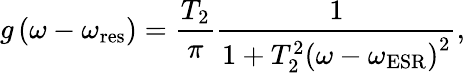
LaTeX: g\left(\omega-\omega_{\mathrm{res}}\right)=\frac{T_{2}}{\pi}\frac{1}{1+T_{2}^{2}\left(\omega-\omega_{\mathrm{ESR}}\right)^{2}},